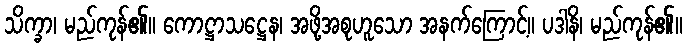
သိက္ခာ၊ မည်ကုန်၏။ ကောဋ္ဌာသဋ္ဌေန၊ အဖို့အစုဟူသော အနက်ကြောင့်။ ပဒါနိ၊ မည်ကုန်၏။